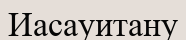
Иасауитану